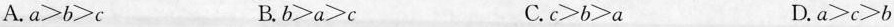
A. a>b>c B. b>a>c C. c>b>a D. a>c>b